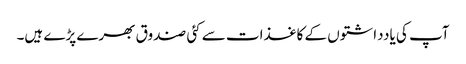
آپ کی یادداشتوں کے کاغذات سے کئی صندوق بھرے پڑے ہیں۔